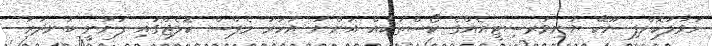
ހަވާލުކޮށްފި ޔޫކޭ ޔުނިވަރސިޓީއެއްގެ ކޯސްތަކެއް އަންނަ އަހަރު މެޕްސް ކޮލެޖްގައި ފަށަނީ ބަނދަރު